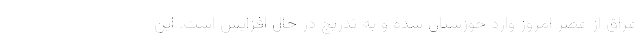
عراق از عصر امروز وارد خوزستان شده و به تدریج در حال افزایش است. این